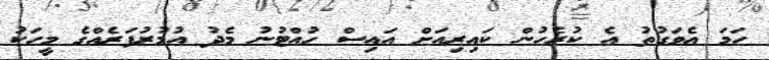
ހަމަ އެވަގުތު އެ ކުރެހުން ކައިރިއަށް އައިސް ހުއްޓުނު މެދު އުމުރުފަރެއްގެ މީހަކު